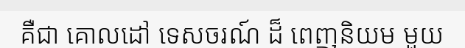
គឺជា គោលដៅ ទេសចរណ៍ ដ៏ ពេញនិយម មួយ